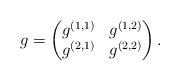
LaTeX: \begin{align*}g = \begin{pmatrix}g^{(1,1)} & g^{(1,2)} \\ g^{(2,1)} & g^{(2,2)} \end{pmatrix}.\end{align*}